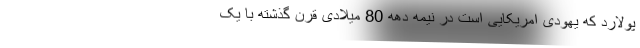
پولارد که یهودی امریکایی است در نیمه دهه 80 میلادی قرن گذشته با یک